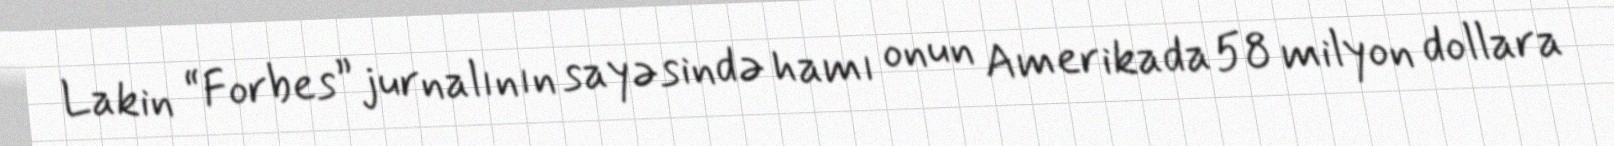
Lakin “Forbes” jurnalının sayəsində hamı onun Amerikada 58 milyon dollara